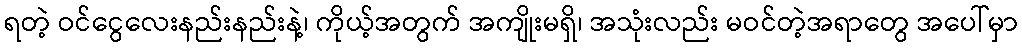
ရတဲ့ ဝင်ငွေလေးနည်းနည်းနဲ့၊ ကိုယ့်အတွက် အကျိုးမရှိ၊ အသုံးလည်း မဝင်တဲ့အရာတွေ အပေါ်မှာ